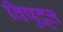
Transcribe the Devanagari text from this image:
विषुद्वृत्त